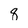
Character: 9